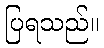
ပြရသည်။